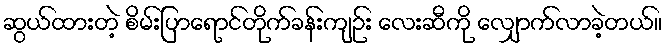
ဆွယ်ထားတဲ့ စိမ်းပြာရောင်တိုက်ခန်းကျဉ်း လေးဆီကို လျှောက်လာခဲ့တယ်။